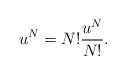
LaTeX: \begin{align*}u^{N} &= N!\frac{u^{N}}{N!}. \end{align*}